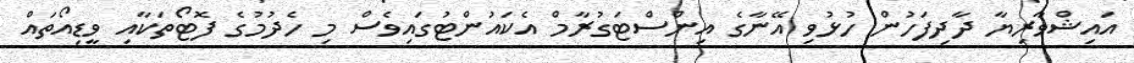
އައިޝްވާރިޔާ ދާދިފަހުން ހުޅުވި އޭނާގެ އިންސްޓަގުރާމް އެކައުންޓުގައިވެސް މި ހެދުމުގެ ފޮޓޯތަކާއި ވީޑިއޯތައް